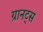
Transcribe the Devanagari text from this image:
ग्रानट्स